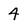
Character: 4